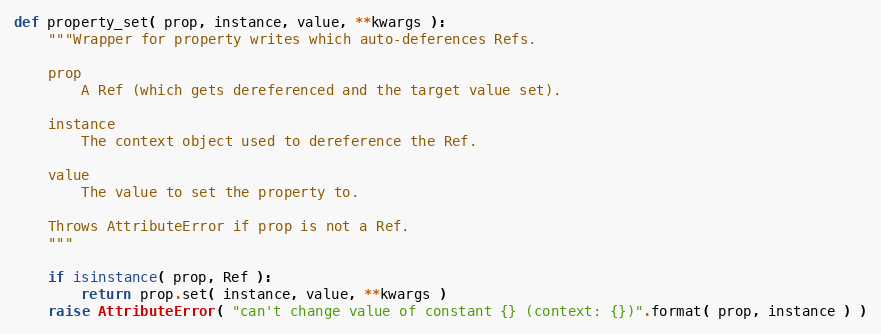
Language: Python
def property_set( prop, instance, value, **kwargs ):
    """Wrapper for property writes which auto-deferences Refs.

    prop
        A Ref (which gets dereferenced and the target value set).

    instance
        The context object used to dereference the Ref.

    value
        The value to set the property to.

    Throws AttributeError if prop is not a Ref.
    """

    if isinstance( prop, Ref ):
        return prop.set( instance, value, **kwargs )
    raise AttributeError( "can't change value of constant {} (context: {})".format( prop, instance ) )